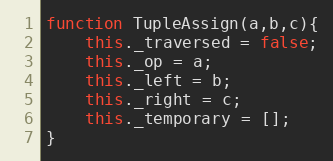
Language: JavaScript
function TupleAssign(a,b,c){
	this._traversed = false;
	this._op = a;
	this._left = b;
	this._right = c;
	this._temporary = [];
}